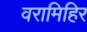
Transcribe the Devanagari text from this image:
वरामिहिर